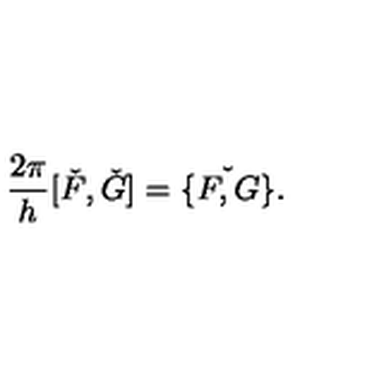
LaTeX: \frac { 2 \pi } { h } [ \check { F } , \check { G } ] = \check { \{ F , G \} } .